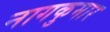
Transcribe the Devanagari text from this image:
नागकुमार